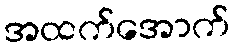
အထက်အောက်